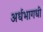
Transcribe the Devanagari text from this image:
अर्धभागधी